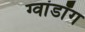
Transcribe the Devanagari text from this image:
ग्वांडॉंग